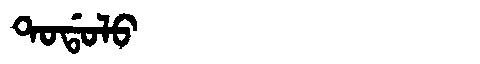
Manchu: ᡨᠣᡩᠣᠯᠣ
Romanization: TODOLO